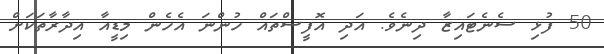
50 ފުޅި ސެނެޓައިޒާ ދިނެވެ. އަދި އޮފީސްތައް ހުންނަ އެހެން މިޑީއާ އިދާރާތަކަށް